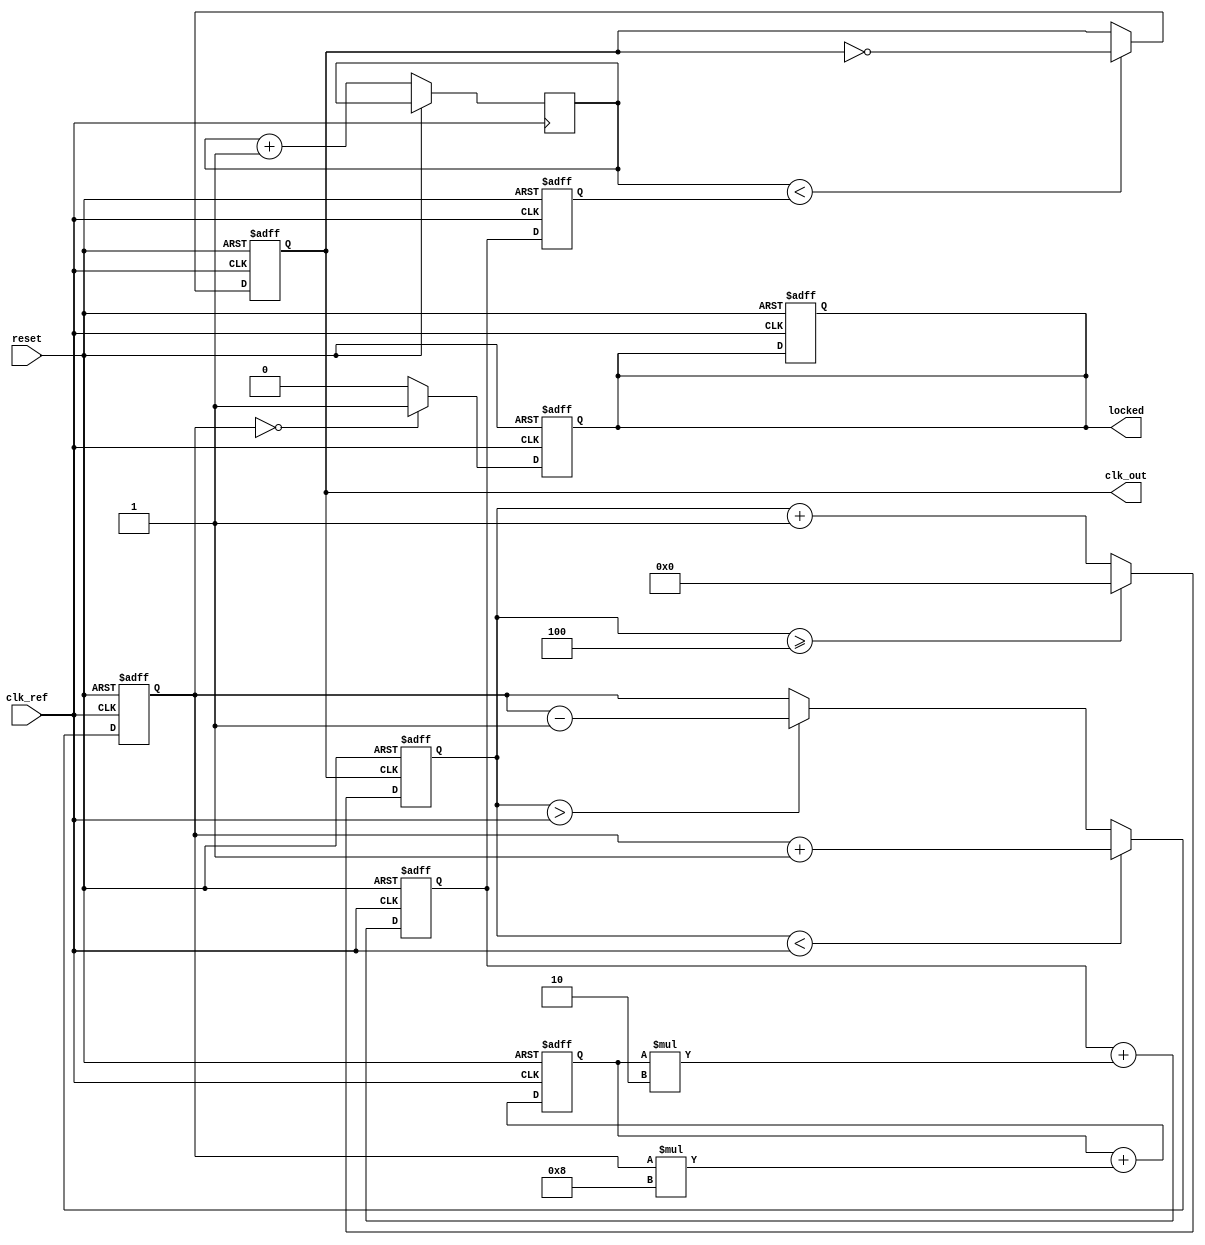
module dual_loop_pll (
    input wire clk_ref,          // Reference clock input
    input wire reset,            // Reset signal
    output reg clk_out,          // Output clock
    output reg locked            // Lock status
);

    // Parameters
    parameter DIV_RATIO = 4;     // Feedback divider ratio
    parameter INNER_LOOP_GAIN = 8; // Gain for inner loop filter
    parameter OUTER_LOOP_GAIN = 2; // Gain for outer loop filter

    // Internal signals
    reg [7:0] phase_error;       // Phase error signal from PD
    reg [7:0] inner_control;      // Control voltage from inner loop filter
    reg [7:0] outer_control;      // Control voltage from outer loop filter
    reg [7:0] vco_frequency;      // VCO frequency control
    reg [7:0] vco_output;         // VCO output frequency
    reg [7:0] feedback;           // Feedback signal from VCO

    // Phase Detector (PD)
    always @(posedge clk_ref or posedge reset) begin
        if (reset) begin
            phase_error <= 0;
        end else begin
            // Simple phase detection logic (for illustration)
            if (feedback < clk_ref) begin
                phase_error <= phase_error + 1; // VCO is too slow
            end else if (feedback > clk_ref) begin
                phase_error <= phase_error - 1; // VCO is too fast
            end
        end
    end

    // Inner Loop Filter
    always @(posedge clk_ref or posedge reset) begin
        if (reset) begin
            inner_control <= 0;
        end else begin
            inner_control <= inner_control + (phase_error * INNER_LOOP_GAIN);
        end
    end

    // Outer Loop Filter
    always @(posedge clk_ref or posedge reset) begin
        if (reset) begin
            outer_control <= 0;
        end else begin
            outer_control <= outer_control + (inner_control * OUTER_LOOP_GAIN);
        end
    end

    // Voltage-Controlled Oscillator (VCO)
    always @(posedge clk_ref or posedge reset) begin
        if (reset) begin
            vco_frequency <= 0;
            clk_out <= 0;
            locked <= 0;
        end else begin
            vco_frequency <= outer_control; // Control frequency based on outer loop
            // Generate output clock based on VCO frequency
            clk_out <= (vco_output < vco_frequency) ? ~clk_out : clk_out;
            vco_output <= vco_output + 1; // Increment VCO output
        end
    end

    // Feedback Divider
    always @(posedge clk_out or posedge reset) begin
        if (reset) begin
            feedback <= 0;
        end else begin
            feedback <= feedback + 1;
            if (feedback >= DIV_RATIO) begin
                feedback <= 0; // Reset feedback after division
            end
        end
    end

    // Lock detection logic
    always @(posedge clk_ref or posedge reset) begin
        if (reset) begin
            locked <= 0;
        end else begin
            // Simple lock detection (for illustration)
            if (phase_error == 0) begin
                locked <= 1; // Locked when phase error is zero
            end else begin
                locked <= 0;
            end
        end
    end

endmodule